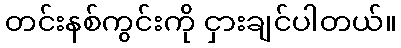
တင်းနစ်ကွင်းကို ငှားချင်ပါတယ်။